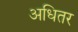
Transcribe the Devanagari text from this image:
अधितर